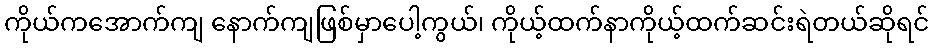
ကိုယ်ကအောက်ကျ နောက်ကျဖြစ်မှာပေါ့ကွယ်၊ ကိုယ့်ထက်နာကိုယ့်ထက်ဆင်းရဲတယ်ဆိုရင်